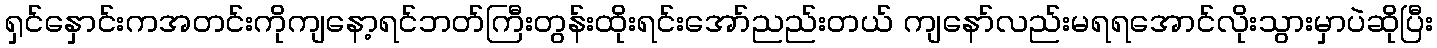
ရှင်နှောင်းကအတင်းကိုကျနော့ရင်ဘတ်ကြီးတွန်းထိုးရင်းအော်ညည်းတယ် ကျနော်လည်းမရရအောင်လိုးသွားမှာပဲဆိုပြီး